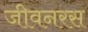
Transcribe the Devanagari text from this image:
जीवनरस